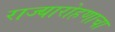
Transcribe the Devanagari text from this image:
राज्यारोहणाचा